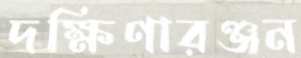
দক্ষিণারঞ্জন